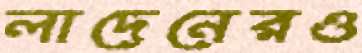
লাদেনেরও